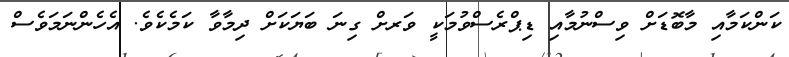
ކަންކަމާއި މާބޮޑަށް ވިސްނުމާއި ޑިޕްރެސްވުމަކީ ވަރށް ގިނަ ބަޔަކަށް ދިމާވާ ކަމެކެވެ. އެހެންނަމަވެސް